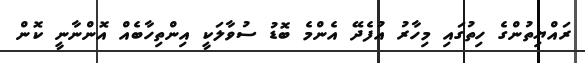
ރައްޔިތުންގެ ހިތުގައި މިހާރު އުފެދޭ އެންމެ ބޮޑު ސުވާލަކީ އިންތިހާބެއް އޮންނާނީ ކޮން